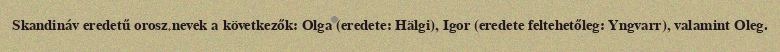
Skandináv eredetű orosz nevek a következők: Olga (eredete: Hälgi), Igor (eredete feltehetőleg: Yngvarr), valamint Oleg.